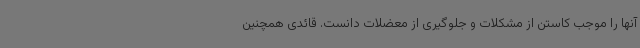
آنها را موجب کاستن از مشکلات و جلوگیری از معضلات دانست. قائدی همچنین